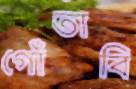
গোঁতাবি